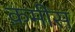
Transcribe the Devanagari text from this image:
क़मीस